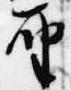
聖